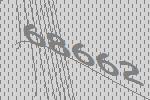
68662